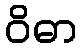
ဝိဓာ